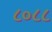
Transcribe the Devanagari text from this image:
८०८८